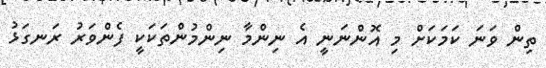
ތިން ވަނަ ކަމަކަށް މި އޮންނަނީ އެ ނިންމާ ނިންމުންތަކަކީ ފެންވަރު ރަނގަޅު